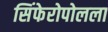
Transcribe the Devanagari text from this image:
सिंफेरोपोलला